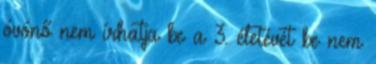
óvónő nem írhatja be a 3. életévét be nem